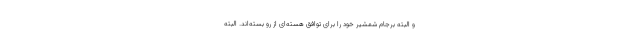
و البته برجام شمشیر خود را برای توافق هسته‌ای از رو بسته‌اند. البته